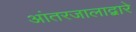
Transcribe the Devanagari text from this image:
आंतरजालाद्वारे